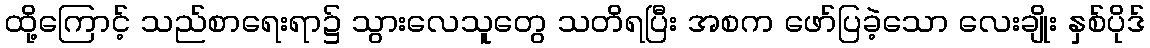
ထို့ကြောင့် သည်စာရေးရာ၌ သွားလေသူတွေ သတိရပြီး အစက ဖော်ပြခဲ့သော လေးချိုး နှစ်ပိုဒ်